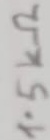
Text: 1.5KΩ